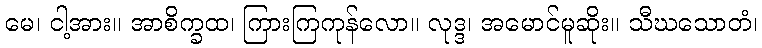
မေ၊ ငါ့အား။ အာစိက္ခထ၊ ကြားကြကုန်လော။ လုဒ္ဒ၊ အမောင်မူဆိုး။ သီဃသောတံ၊